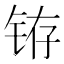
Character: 𲇻